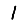
Digit: 1